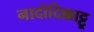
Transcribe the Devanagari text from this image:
नादोदिक्काट्टू